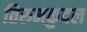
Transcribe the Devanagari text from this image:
तिरुमकुदल